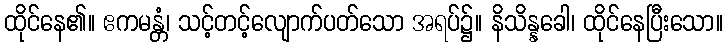
ထိုင်နေ၏။ ဧကမန္တံ၊ သင့်တင့်လျောက်ပတ်သော အရပ်၌။ နိသိန္နခေါ၊ ထိုင်နေပြီးသော။